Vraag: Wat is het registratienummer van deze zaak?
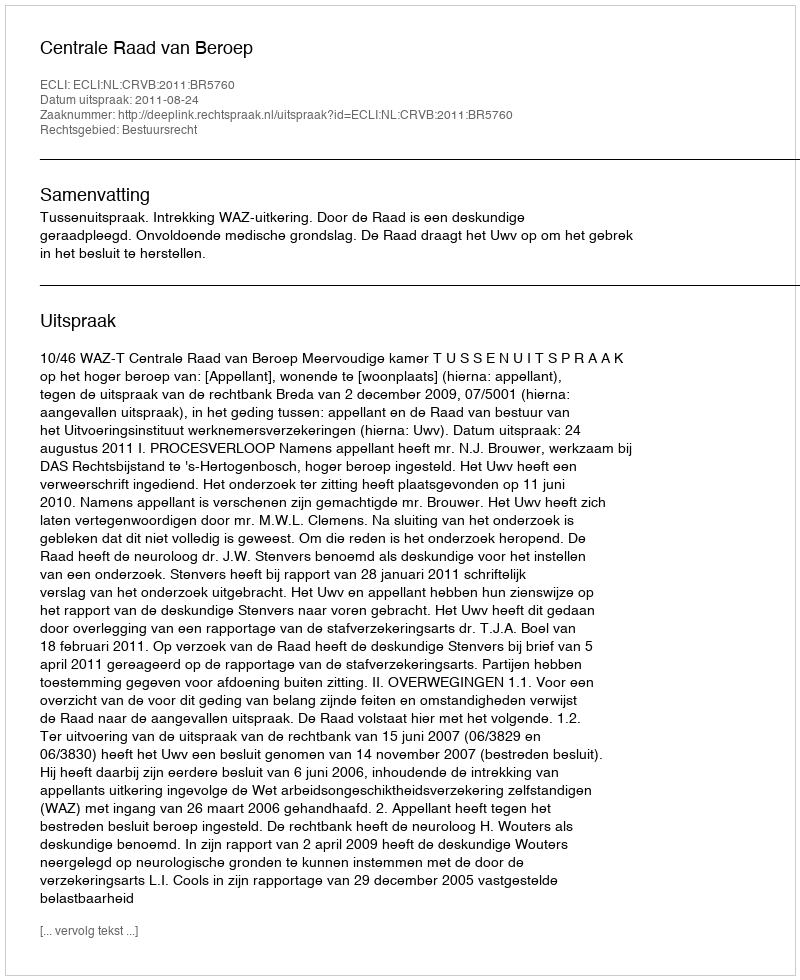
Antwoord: http://deeplink.rechtspraak.nl/uitspraak?id=ECLI:NL:CRVB:2011:BR5760